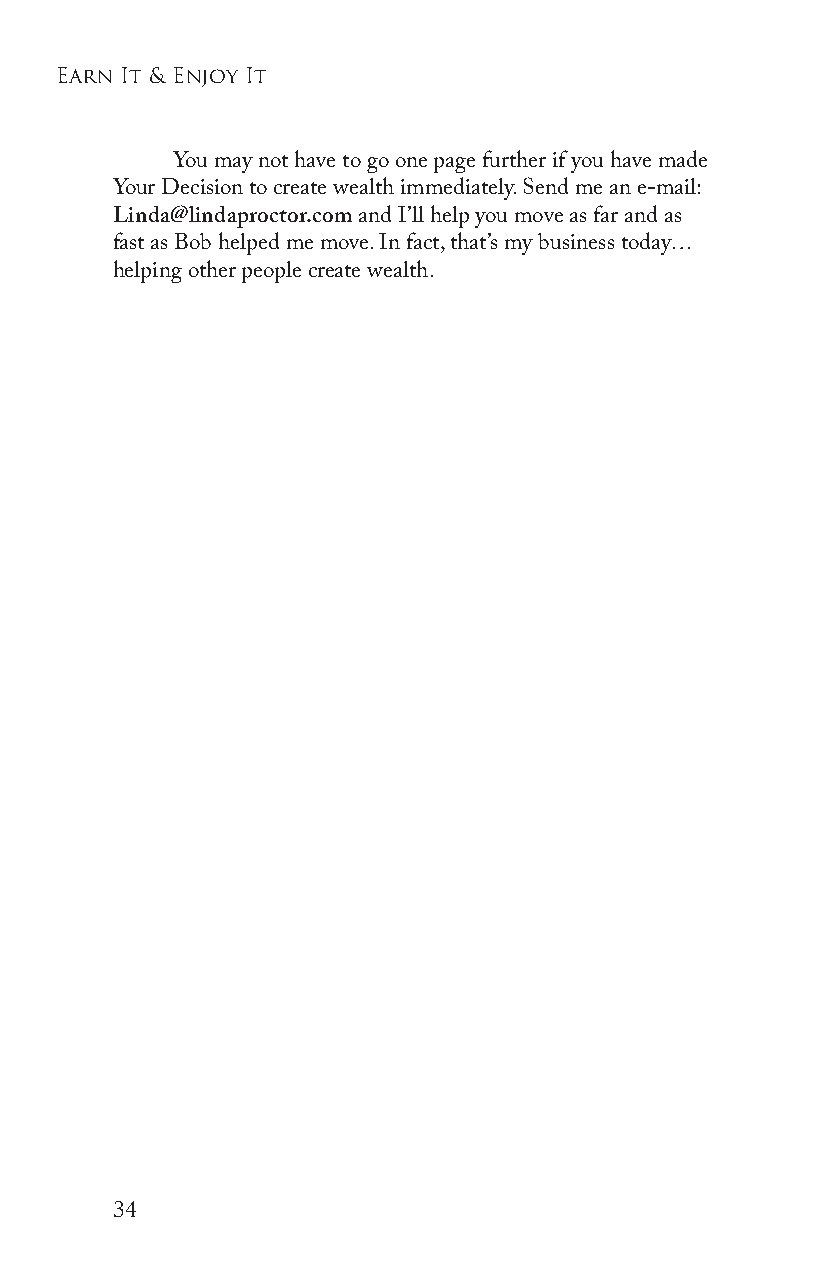
earn it & enjoy it
 You may not have to go one page further if you have made
 Your Decision to create wealth immediately. Send me an e-mail:
 Linda@lindaproctor.com and I’ll help you move as far and as
 fast as Bob helped me move. In fact, that’s my business today…
 helping other people create wealth.
 34